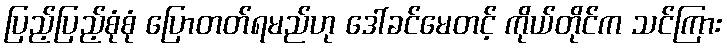
ပြည့်ပြည့်စုံစုံ ပြောတတ်ရမည်ဟု ဒေါ်ခင်မေတင့် ကိုယ်တိုင်က သင်ကြား